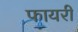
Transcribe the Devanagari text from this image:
फायरी